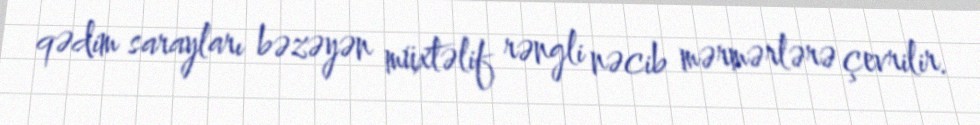
qədim sarayları bəzəyən müxtəlif rəngli nəcib mərmərlərə çevrilir.